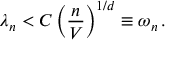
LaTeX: \lambda _ { n } < C \left( \frac { n } { V } \right) ^ { 1 / d } \equiv \omega _ { n } \, .